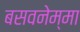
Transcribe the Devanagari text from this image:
बसवनेम्मा